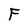
Character: F